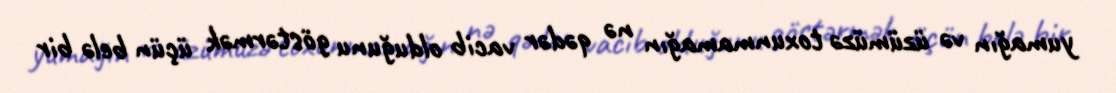
yumağın və üzümüzə toxunmamağın nə qədər vacib olduğunu göstərmək üçün belə bir